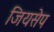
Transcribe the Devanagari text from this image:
जियसेप